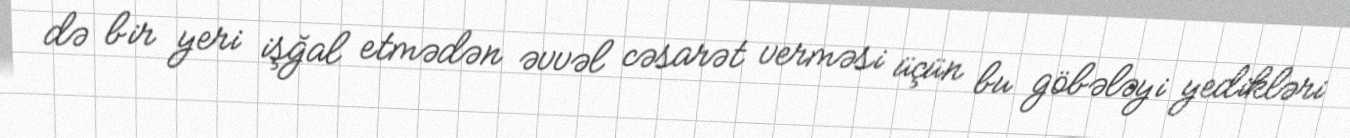
də bir yeri işğal etmədən əvvəl cəsarət verməsi üçün bu göbələyi yedikləri